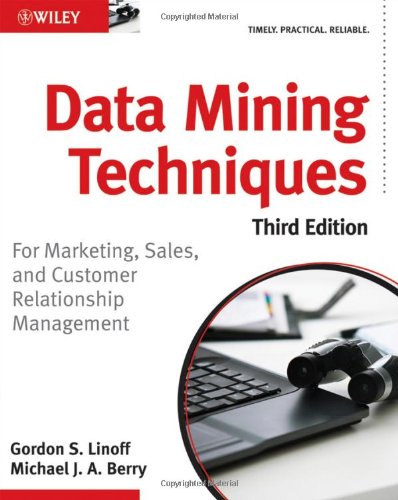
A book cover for Data Mining Techniques: For Marketing, Sales, and Customer Relationship Management; Gordon S. Linoff; Computers & Technology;